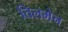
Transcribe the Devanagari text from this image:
तिलमेन